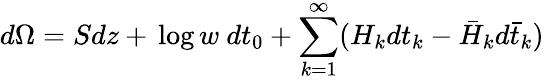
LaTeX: d\Omega=Sdz+\, \mathrm{log}\, w\ dt_{0}+\sum_{k=1}^{\infty}(H_{k}dt_{k}-\bar{H}_{k}d\bar{t}_{k})